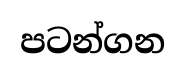
පටන්ගන